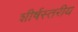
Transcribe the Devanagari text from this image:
शीर्षस्तरीय